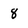
Character: 8